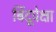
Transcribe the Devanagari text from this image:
बिंदूपेक्षा